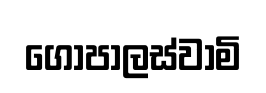
ගෝපාලස්වාමි